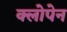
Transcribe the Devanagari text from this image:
क्लोपेन